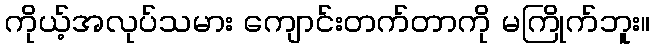
ကိုယ့်အလုပ်သမား ကျောင်းတက်တာကို မကြိုက်ဘူး။